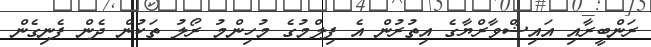
ރަންބީރާއި އައިޝްވާރްޔާގެ އިތުރުން އެ ފިލްމުގެ މުހިންމު ރޯލު ތަކުން ދެން ފެނިގެން